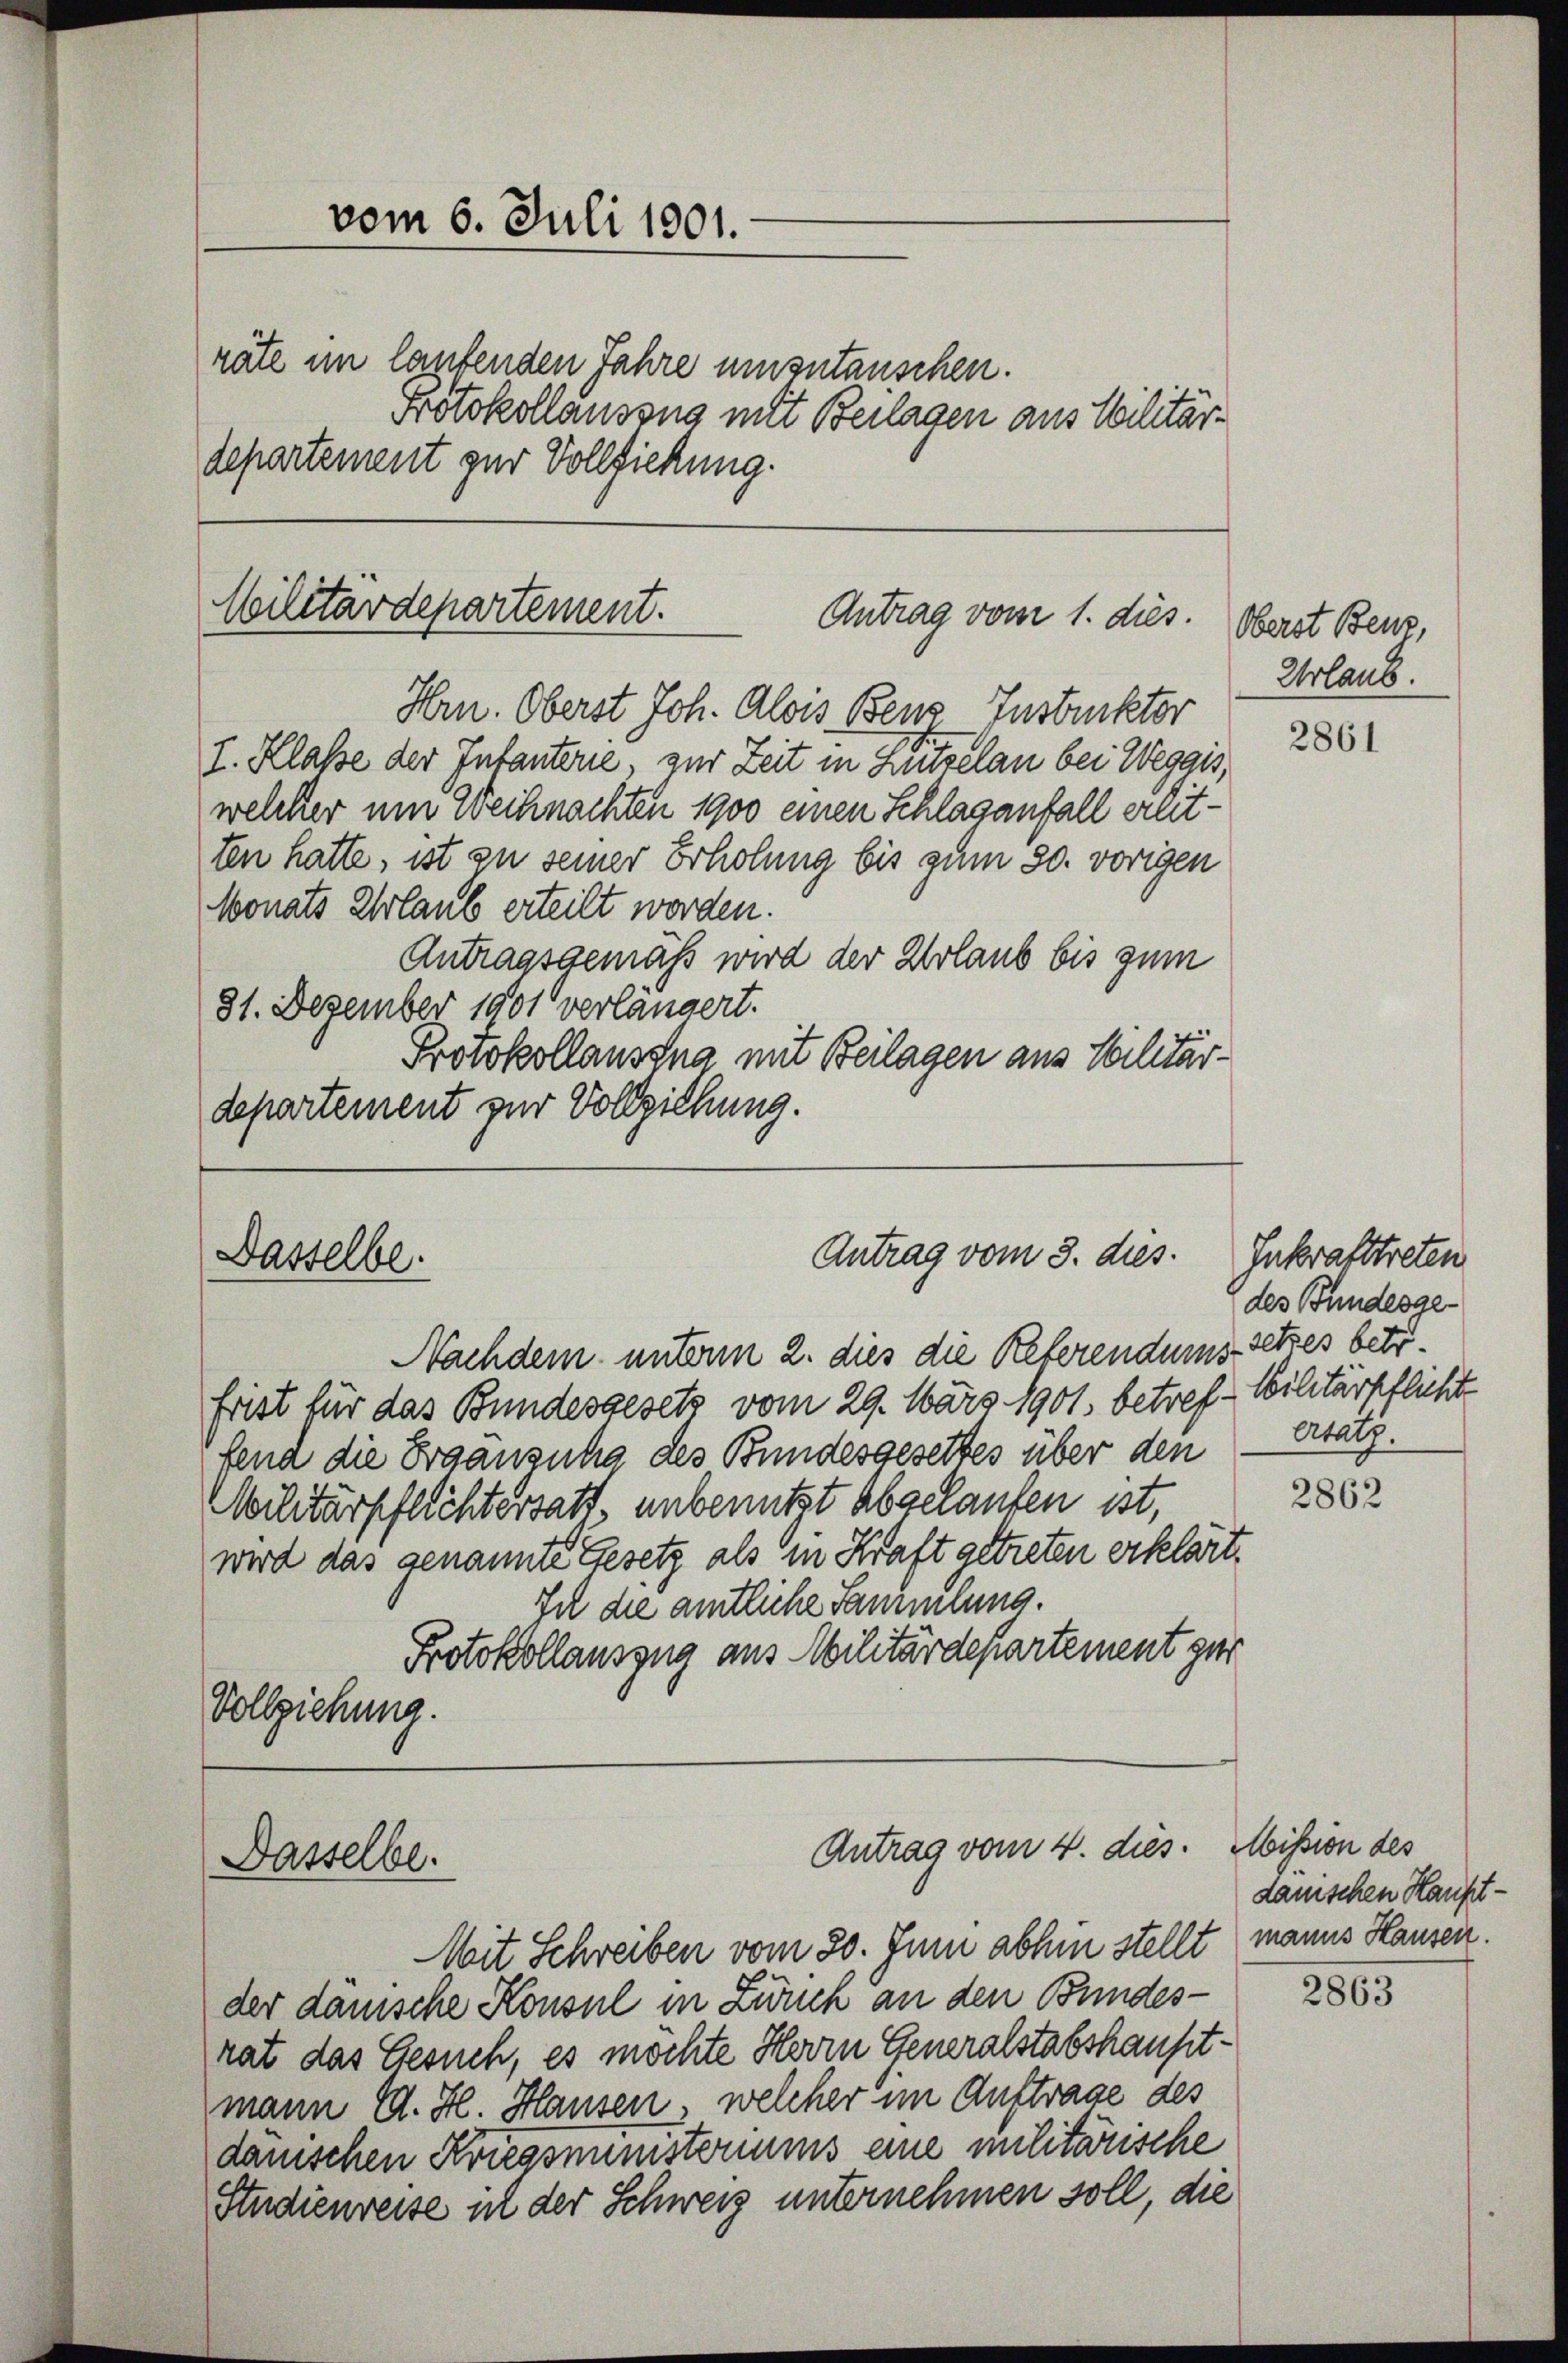
vom 6. Juli 1901.
räte im laufenden Jahre umzutauschen.
departement zur Vollziehung.

Militärdepartement.
Antrag vom 1. dies.
Hrn. Oberst Joh. Alois Benz Instruktor

Dasselbe.

Dasselbe.

I. Klasse der Infanterie, zur Zeit in Lutzelan bei Weggis,
welcher um Weihnachten 1900 einen Schlaganfall erletten hatte, ist zu seiner Erholung bis zum 30. vorigen
Monats Urlaub erteilt worden.
Antragsgemäß wird der Urlaub bis zum
81. Dezember 1901 verlängert.
Protokollauszna mit Beilagen aus Militärdepartement zur Vollziehung.

Protokollauszug mit Beilagen aus Militär¬

Antrag vom 3. dies

Nachdem unterm 2. dies die Referendums setzes betr.
frist für das Bundesgesetz vom 29. März 1901, betref-Wilitärpflichte
fend die Ergänzung des Bundesgesetzes über den ersatz.
Militärpflichtersatz unbenutzt abgelaufen ist,
wird das genannte Gesetz als in Kraft getreten erklärt.
In die amtliche Sammlung.
Protokollauszug aus Militärdepartement zur
Vollziehung.

Antrag vom 4. dies.

der danische Konsul in Zibuch an den Bundes-
rat das Gesuch, es möchte Herrn Generalstabshauptmann C. H. Hausen, welcher im Auftrage des
dauischen Kriegsministeriums eine militärische
Studienreise ist der Schweiz unternehmen soll, die

Mit Schreiben vom 20. Juni abhin stellt manns Hausen.

Oberst Benz,
Urlaus.

2861

Inkrafttreten
des Bundesge¬

2862

Mission des
dauischen Haupt¬

2863